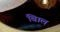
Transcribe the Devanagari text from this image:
बािल